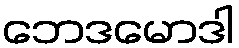
ဘေဒမောဒါ